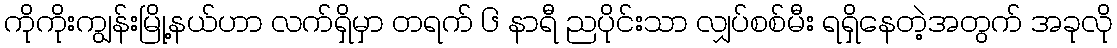
ကိုကိုးကျွန်းမြို့နယ်ဟာ လက်ရှိမှာ တရက် ၆ နာရီ ညပိုင်းသာ လျှပ်စစ်မီး ရရှိနေတဲ့အတွက် အခုလို